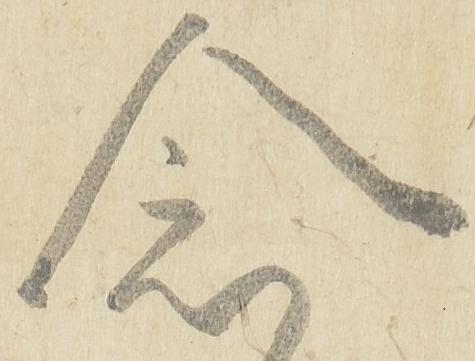
念